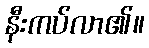
နီးကပ်လာ၏။